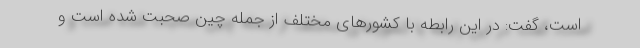
است، گفت: در این رابطه با کشورهای مختلف از جمله چین صحبت شده است و